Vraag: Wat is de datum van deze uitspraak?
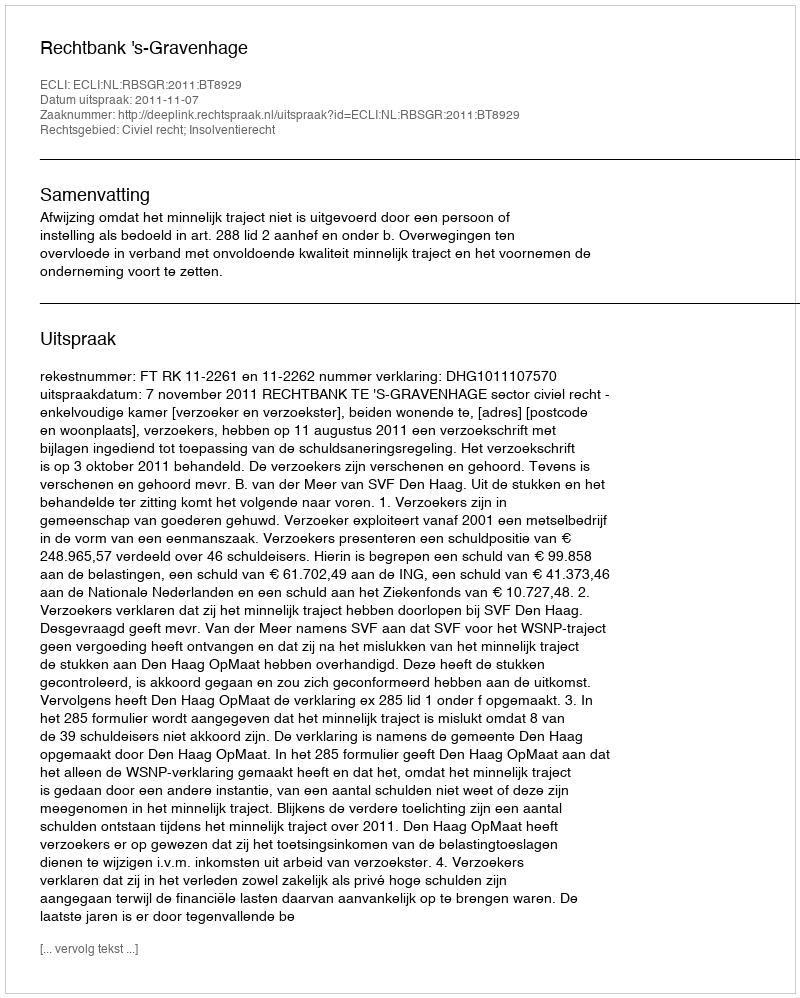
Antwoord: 2011-11-07